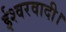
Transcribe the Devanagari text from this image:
ईश्वरवादी।